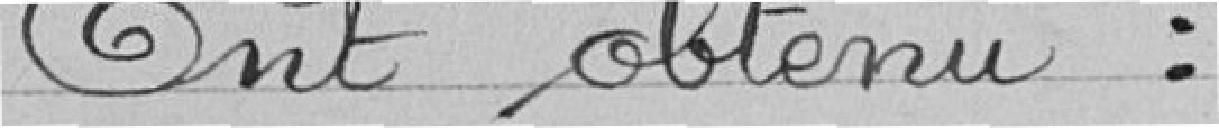
Ont obtenu :